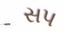
સપ